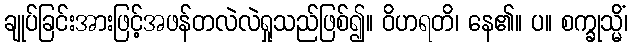
ချုပ်ခြင်းအားဖြင့်အဖန်တလဲလဲရှုသည်ဖြစ်၍။ ဝိဟရတိ၊ နေ၏။ ပ။ စက္ခုသ္မိံ၊